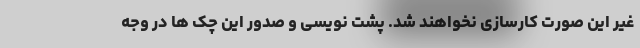
غیر این صورت کارسازی نخواهند شد. پشت نویسی و صدور این چک ها در وجه